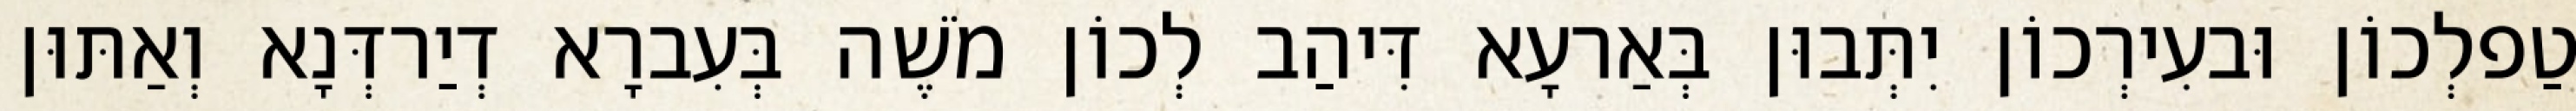
טַפלְכוֹן וּבעִירְכוֹן יִתְּבוּן בְּאַרעָא דִּיהַב לְכוֹן מֹשֶׁה בְּעִברָא דְיַרדְּנָא וְאַתּוּן